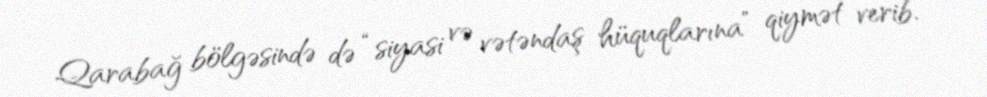
Qarabağ bölgəsində də “siyasi və vətəndaş hüquqlarına” qiymət verib.